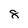
Character: 8